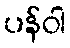
ပန်ဝါ